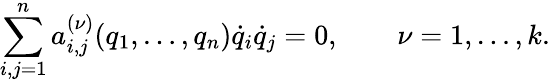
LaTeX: \sum_{i,j=1}^{n}a_{i,j}^{(\nu)}(q_{1},\dots,q_{n}){\dot{q}}_{i}{\dot{q}}_{j}=0,\qquad\nu=1,\dots,k.